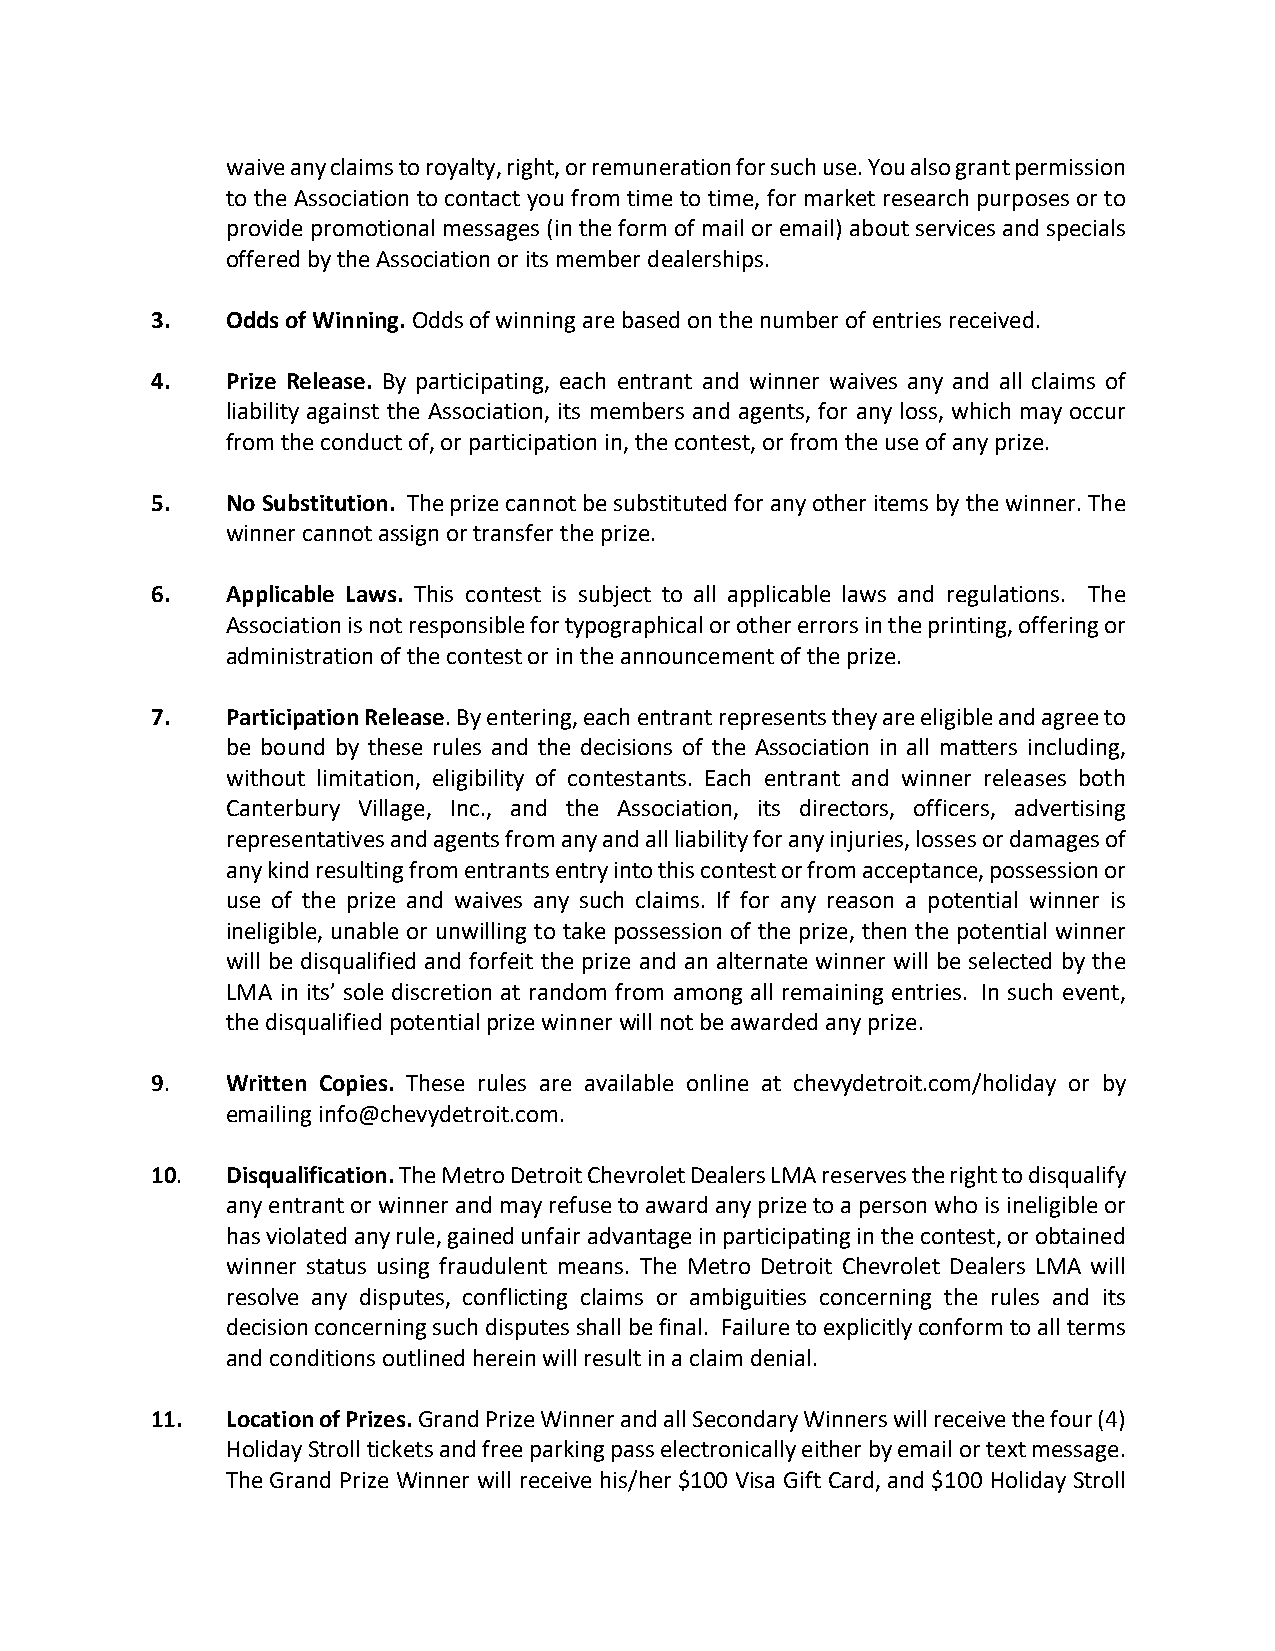
waive any claims to royalty, right, or remuneration for such use. You also grant permission
 to the Association to contact you from time to time, for market research purposes or to
 provide promotional messages (in the form of mail or email) about services and specials
 offered by the Association or its member dealerships.
 3.   Odds of Winning. Odds of winning are based on the number of entries received.
 4.   Prize Release. By participating, each entrant and winner waives any and all claims of
 liability against the Association, its members and agents, for any loss, which may occur
 from the conduct of, or participation in, the contest, or from the use of any prize.
 5.   No Substitution. The prize cannot be substituted for any other items by the winner. The
 winner cannot assign or transfer the prize.
 6.   Applicable Laws. This contest is subject to all applicable laws and regulations. The
 Association is not responsible for typographical or other errors in the printing, offering or
 administration of the contest or in the announcement of the prize.
 7.   Participation Release. By entering, each entrant represents they are eligible and agree to
 be bound by these rules and the decisions of the Association in all matters including,
 without limitation, eligibility of contestants. Each entrant and winner releases both
 Canterbury Village, Inc., and the Association, its directors, officers, advertising
 representatives and agents from any and all liability for any injuries, losses or damages of
 any kind resulting from entrants entry into this contest or from acceptance, possession or
 use of the prize and waives any such claims. If for any reason a potential winner is
 ineligible, unable or unwilling to take possession of the prize, then the potential winner
 will be disqualified and forfeit the prize and an alternate winner will be selected by the
 LMA in its’ sole discretion at random from among all remaining entries. In such event,
 the disqualified potential prize winner will not be awarded any prize.
 9.   Written Copies. These rules are available online at chevydetroit.com/holiday or by
 emailing info@chevydetroit.com.
 10.  Disqualification. The Metro Detroit Chevrolet Dealers LMA reserves the right to disqualify
 any entrant or winner and may refuse to award any prize to a person who is ineligible or
 has violated any rule, gained unfair advantage in participating in the contest, or obtained
 winner status using fraudulent means. The Metro Detroit Chevrolet Dealers LMA will
 resolve any disputes, conflicting claims or ambiguities concerning the rules and its
 decision concerning such disputes shall be final. Failure to explicitly conform to all terms
 and conditions outlined herein will result in a claim denial.
 11.  Location of Prizes. Grand Prize Winner and all Secondary Winners will receive the four (4)
 Holiday Stroll tickets and free parking pass electronically either by email or text message.
 The Grand Prize Winner will receive his/her $100 Visa Gift Card, and $100 Holiday Stroll